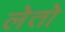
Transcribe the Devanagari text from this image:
लेतो